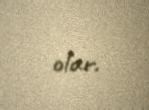
olar.